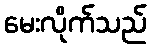
မေးလိုက်သည်